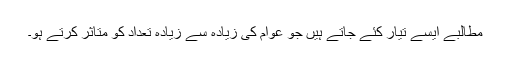
مطالبے ایسے تیار کئے جاتے ہیں جو عوام کی زیادہ سے زیادہ تعداد کو متاثر کرتے ہو۔